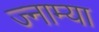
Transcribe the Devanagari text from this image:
ज्नाम्या